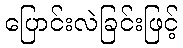
ပြောင်းလဲခြင်းဖြင့်